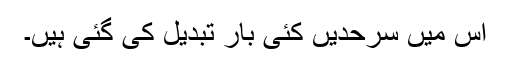
اس میں سرحدیں کئی بار تبدیل کی گئی ہیں۔